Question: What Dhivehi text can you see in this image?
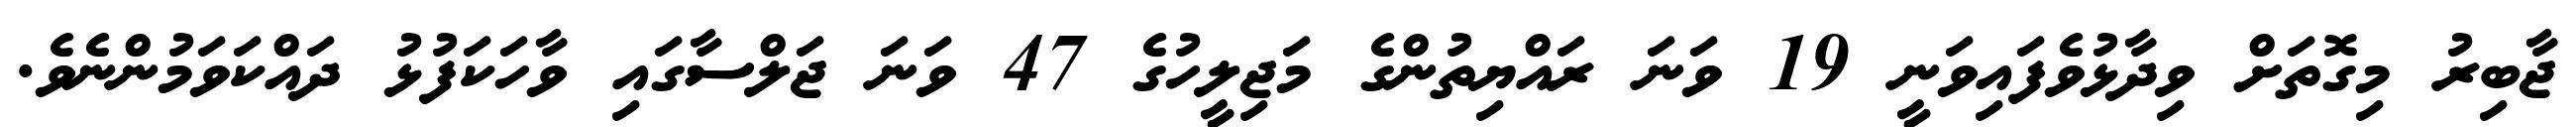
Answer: ޖާބިރު މިގޮތަށް ވިދާޅުވެފައިވަނީ 19 ވަނަ ރައްޔިތުންގެ މަޖިލީހުގެ 47 ވަނަ ޖަލްސާގައި ވާހަކަފުޅު ދައްކަވަމުންނެވެ.